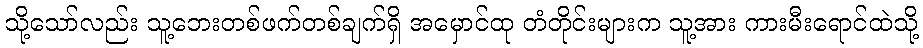
သို့သော်လည်း သူ့ဘေးတစ်ဖက်တစ်ချက်ရှိ အမှောင်ထု တံတိုင်းများက သူ့အား ကားမီးရောင်ထဲသို့